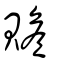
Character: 贍